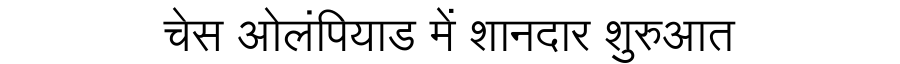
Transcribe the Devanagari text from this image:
चेस ओलंपियाड में शानदार शुरुआत